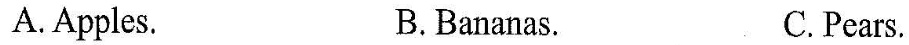
A. Apples.